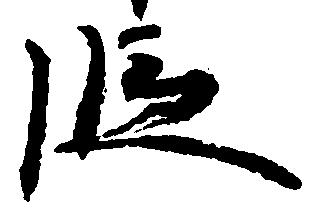
段